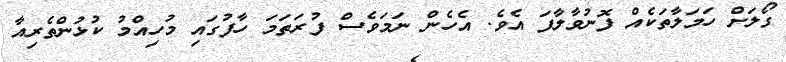
ގޯލަށް ހަމަލާތަކެއް ފޮނުވާލާފަ އެވެ. އެހެން ނަމަވެސް ފުރަތަމަ ހާފުގައި މުހިއްމު ކުޅުންތެރިއާ